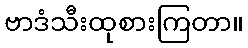
ဗာဒံသီးထုစားကြတာ။